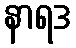
နာရဒ